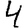
Digit: 4